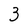
Character: 3